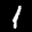
Label: 1